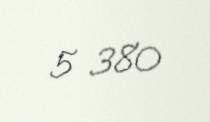
5 380